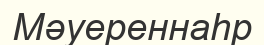
Мәуереннаһр